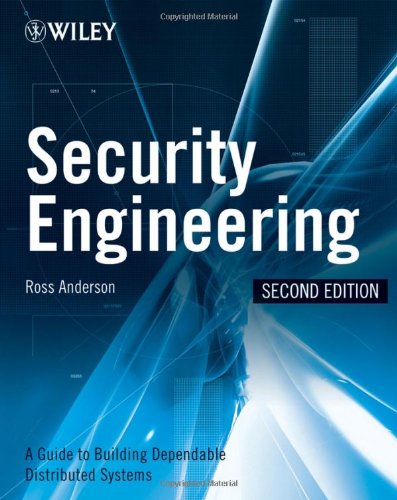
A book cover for Security Engineering: A Guide to Building Dependable Distributed Systems; Ross J. Anderson; Computers & Technology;